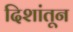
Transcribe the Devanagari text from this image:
दिशांतून